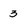
Character: 3